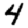
Digit: 4